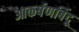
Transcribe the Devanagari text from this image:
आकर्षणबिंदू